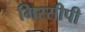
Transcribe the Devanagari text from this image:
मिस्सीपी